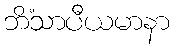
ဘိံသာပီယမာနာ